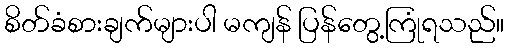
စိတ်ခံစားချက်များပါ မကျန် ပြန်တွေ့ကြုံရသည်။